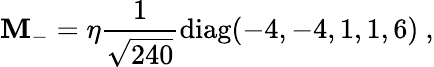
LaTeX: {\mathbf M}_{-}=\eta{\frac{1}{\sqrt{240}}}\mathrm{diag}(-4,-4,1,1,6)\ ,